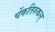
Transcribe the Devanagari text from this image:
चेंकतिरुकल्